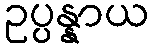
ဥပ္ပန္နာယ